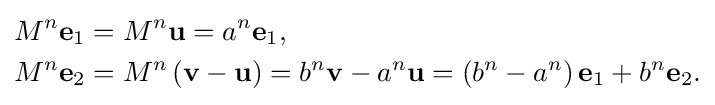
{\begin{aligned}M^{n}\mathbf {e} _{1}&=M^{n}\mathbf {u} =a^{n}\mathbf {e} _{1},\\M^{n}\mathbf {e} _{2}&=M^{n}\left(\mathbf {v} -\mathbf {u} \right)=b^{n}\mathbf {v} -a^{n}\mathbf {u} =\left(b^{n}-a^{n}\right)\mathbf {e} _{1}+b^{n}\mathbf {e} _{2}.\end{aligned}}